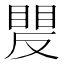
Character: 𥈍